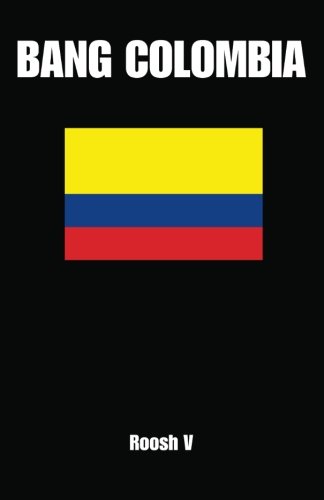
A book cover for Bang Colombia: Textbook On How To Sleep With Colombian Women; Roosh VÃ¶rek; Travel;